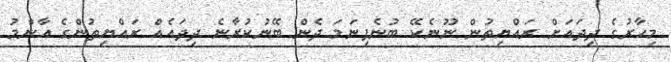
މިހާރުގެ ދިދައަށް ރައްޔިތުން ނޫނެކޭ ބުނެފިނަމަ ދެން ބޭނުކުރާނެ ދިދައެއް ރައްޔިތުންގެ އާންމު